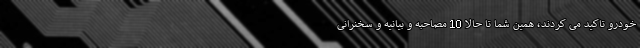
خودرو تاکید می کردند، همین شما تا حالا 10 مصاحبه و بیانیه و سخنرانی